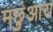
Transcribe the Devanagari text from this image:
मछुंआरा